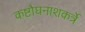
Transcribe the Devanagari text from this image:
कष्टौघनाशकर्त्रे